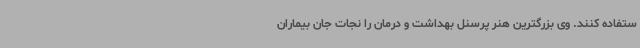
ستفاده کنند. وی بزرگترین هنر پرسنل بهداشت و درمان را نجات جان بیماران